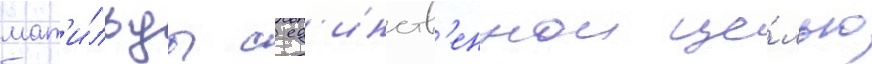
мат'и́льды с ед'инств'еннои це́лью